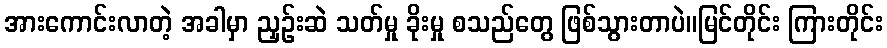
အားကောင်းလာတဲ့ အခါမှာ ညှဉ်းဆဲ သတ်မှု ခိုးမှု စသည်တွေ ဖြစ်သွားတာပဲ။မြင်တိုင်း ကြားတိုင်း